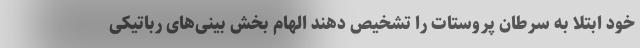
خود ابتلا به سرطان پروستات را تشخیص دهند الهام بخش بینی‌های رباتیکی